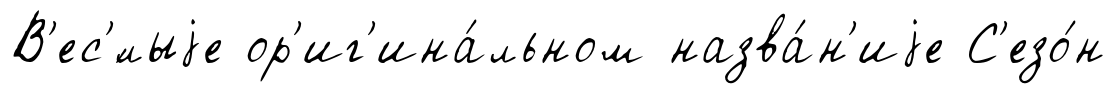
В'ес'́лыjе ор'иг'ина́льном назва́н'иjе С'езо́н